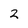
Character: 2